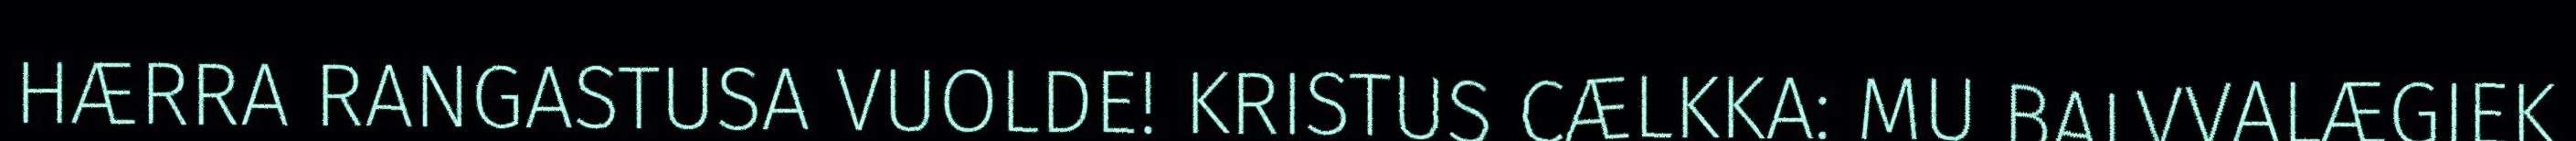
HÆRRA RANGASTUSA VUOLDE! KRISTUS CÆLKKA: MU BALVVALÆGJEK